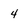
Character: 4